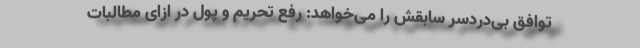
توافق بی‌دردسر سابقش را می‌خواهد: رفع تحریم و پول در ازای مطالبات